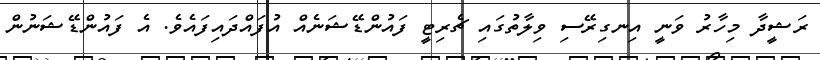
ރަޝީދާ މިހާރު ވަނީ އިނގިރޭސި ވިލާތުގައި ޗެރިޓީ ފައުންޑޭޝަނެއް އުފައްދައިފައެވެ. އެ ފައުންޑޭޝަނުން